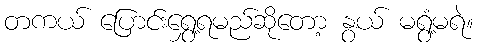
တကယ် ပြောင်းရွှေ့ရမည်ဆိုတော့ နွယ် မရွံ့မရဲ။